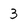
Character: 3